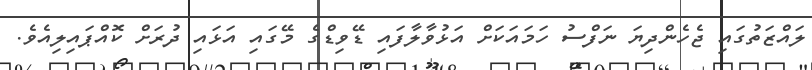
ލައްޒަތުގައި ޖެހެންދިޔަ ނަފްސު ހަމައަކަށް އަޅުވާލާފައި ޑޭވިޑްގެ މޭގައި އަޅައި ދުރަށް ކޮއްޕައިލިއެވެ.